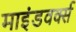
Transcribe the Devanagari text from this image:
माइंडवर्क्स